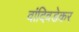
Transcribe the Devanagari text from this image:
वांदिवडेकर